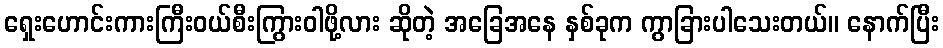
ရှေးဟောင်းကားကြီးဝယ်စီးကြွားဝါဖို့လား ဆိုတဲ့ အခြေအနေ နှစ်ခုက ကွာခြားပါသေးတယ်။ နောက်ပြီး